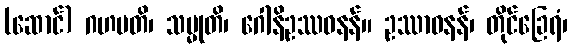
(ဆောင်) ဂဟပတိ၊ သမ္မုတိ၊ ဂေါနိဥဿဝနန်။ ဥဿာဝနန်၊ တိုင်ခြေရံ၊